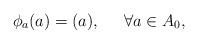
LaTeX: \begin{align*} \phi_a(a) = (a),\;\;\;\;\;\forall a\in A_0, \end{align*}